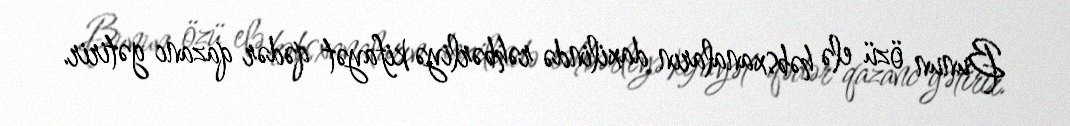
Bunun özü elə həbsxanaların daxilində rəhbərliyə kifayət qədər qazanc gətirir.